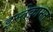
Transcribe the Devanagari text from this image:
इस्तेक़ामत